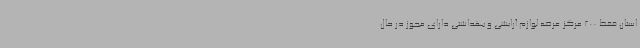
استان فقط 200 مرکز عرضه لوازم آرایشی و بهداشتی دارای مجوز در حال